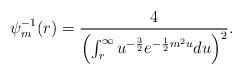
LaTeX: \begin{align*}\psi_m^{-1}(r)= \frac{4}{ \left( \int_r^\infty u^{-\frac{3}{2}}e^{ -\frac{1}{2}m^2u }du \right)^2}.\end{align*}